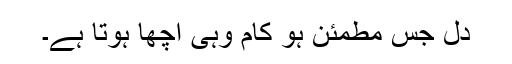
دل جس مطمئن ہو کام وہی اچھا ہوتا ہے۔